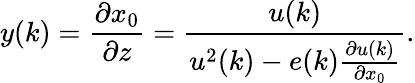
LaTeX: y(k)=\frac{\partial x_{0}}{\partial z}=\frac{u(k)}{u^{2}(k)-e(k)\frac{\partial u(k)}{\partial x_{0}}}.